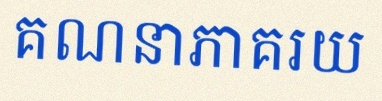
គណនាភាគរយ